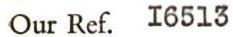
Our Ref. I6513